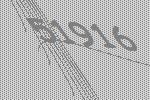
51916